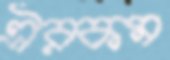
ঐরকম